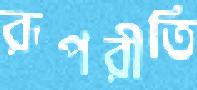
রূপরীতি